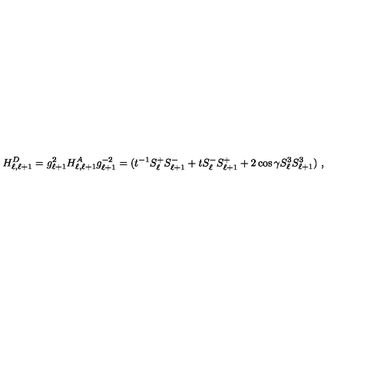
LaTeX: H _ { \ell , \ell + 1 } ^ { D } = g _ { \ell + 1 } ^ { 2 } H _ { \ell , \ell + 1 } ^ { A } g _ { \ell + 1 } ^ { - 2 } = ( t ^ { - 1 } S _ { \ell } ^ { + } S _ { \ell + 1 } ^ { - } + t S _ { \ell } ^ { - } S _ { \ell + 1 } ^ { + } + 2 \cos \gamma S _ { \ell } ^ { 3 } S _ { \ell + 1 } ^ { 3 } ) \ ,